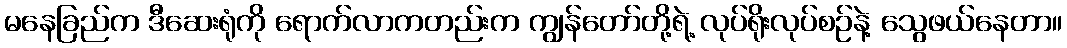
မနေခြည်က ဒီဆေးရုံကို ရောက်လာကတည်းက ကျွန်တော်တို့ရဲ့ လုပ်ရိုးလုပ်စဉ်နဲ့ သွေဖယ်နေတာ။